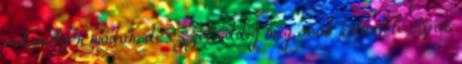
valamilyen módon, de ezzel eddig még csak különféle bájos